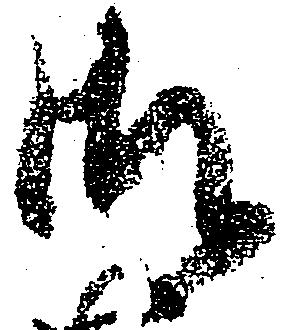
御